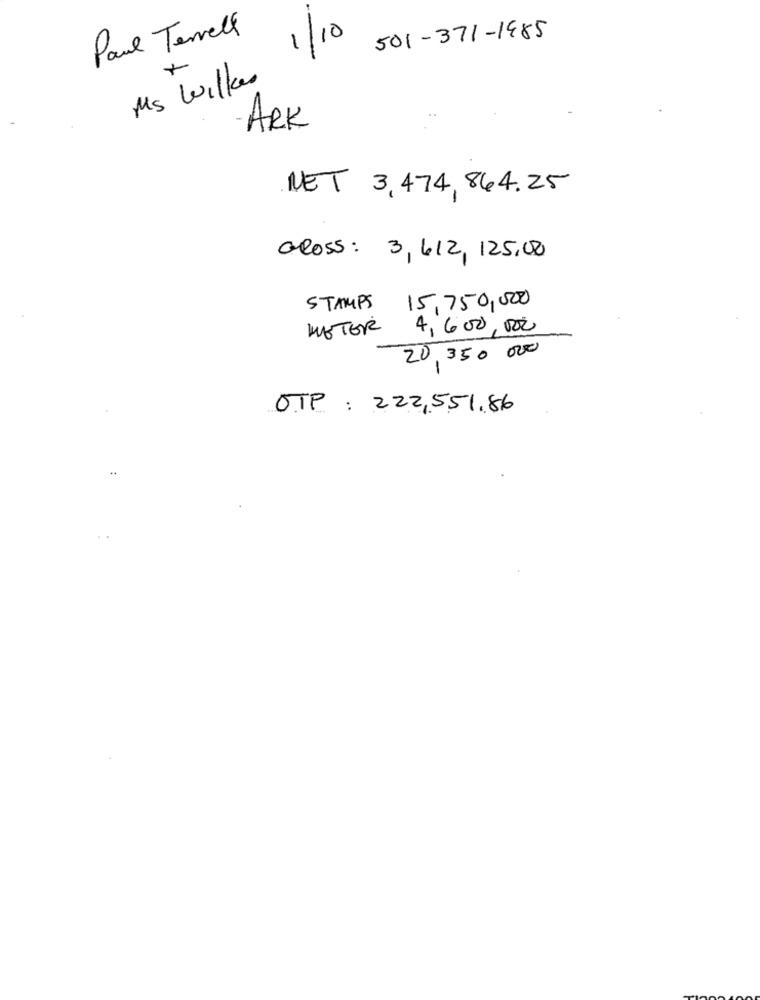
Paul Terrell
1/10
501-371-1985
Ms Wilkes
ARK
NET 3,474,864.25
GROSS: 3, 612, 125,00
15,750,000
STAMPS
METER
4,600,000
20,350 000
-
OTP : 222,551.86